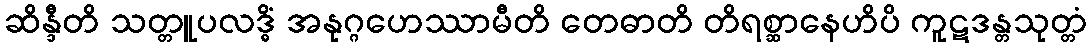
ဆိန္ဒီတိ သတ္တူပလဒ္ဓိံ အနုဂ္ဂဟေဿာမီတိ တေဓာတိ တိရစ္ဆာနေဟိပိ ကူဋဒန္တသုတ္တံ